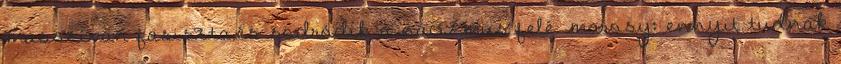
masszívan fasiszta,és sodródik a nácizmus felé. marosy: ennyit tudnak